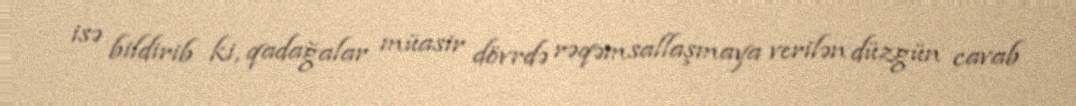
isə bildirib ki, qadağalar müasir dövrdə rəqəmsallaşmaya verilən düzgün cavab